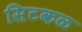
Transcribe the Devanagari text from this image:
सिटकळ